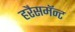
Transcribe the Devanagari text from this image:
हरैसमॅन्ट